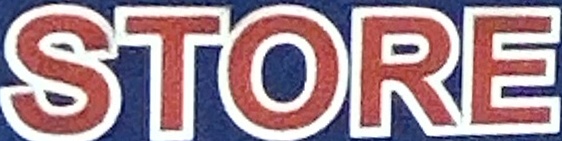
STORE